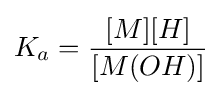
K_{a}={\frac {[M][H]}{[M(OH)]}}